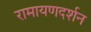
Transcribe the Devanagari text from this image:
रामायणदर्शन